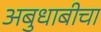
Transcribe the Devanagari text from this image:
अबुधाबीचा